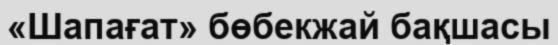
«Шапағат» бөбекжай бақшасы